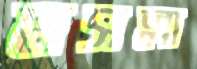
মসল্লা